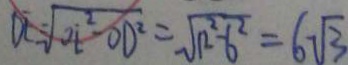
D E = \sqrt { O E ^ { 2 } - O D ^ { 2 } } = \sqrt { 1 2 ^ { 2 } - 6 ^ { 2 } } = 6 \sqrt { 3 }